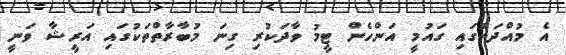
އެ މުއްދަތުގައި ގައުމީ އަންހެން ޓީމު ވާދަކުރި ގިނަ މުބާރާތްތަކުގައި އަރީޝާ ވަނީ